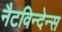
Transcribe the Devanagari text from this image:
नैटविन्देन्स